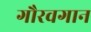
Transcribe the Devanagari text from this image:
गौरवगान